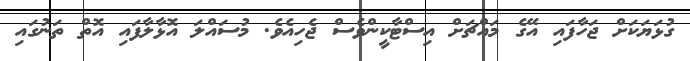
ގުޅަޔަކަށް ޖަހާފައި އޭގެ މައްޗަށް އިސްޓާކީންވެސް ޖެހިއެވެ. މުސައްލަ އޮޅާލާފައި އޮތް ތަނުގައި